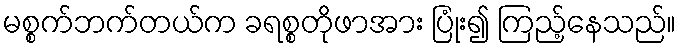
မစ္စက်ဘက်တယ်က ခရစ္စတိုဖာအား ပြုံး၍ ကြည့်နေသည်။